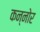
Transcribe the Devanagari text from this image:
कन्नोर